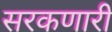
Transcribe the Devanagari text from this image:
सरकणारी